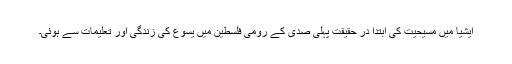
ایشیا میں مسیحیت کی ابتدا در حقیقت پہلی صدی کے رومی فلسطین میں یسوع کی زندگی اور تعلیمات سے ہوئی۔